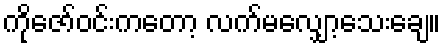
ကိုဇော်ဝင်းကတော့ လက်မလျှော့သေးချေ။